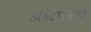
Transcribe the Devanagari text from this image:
उलटेपालटे